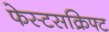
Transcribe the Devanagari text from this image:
फेस्टसक्रिफ्ट